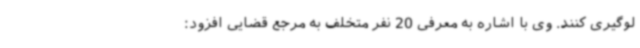
لوگیری کنند. وی با اشاره به معرفی 20 نفر متخلف به مرجع قضایی افزود: